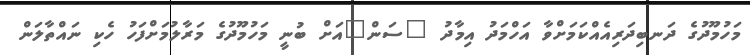
މަހުމޫދުގެ ދަނބިދަރިއެއްކަމަށްވާ އަހްމަދު އިމާދު "ސަން"އަށް ބުނީ މަހުމޫދުގެ މަރާލުމަށްފަހު ހެކި ނައްތާލަން